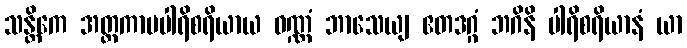
သန္တိကေ အတ္တကာမပါရိစရိယာယ ဝဏ္ဏံ ဘာသေယျ ဧတဒဂ္ဂံ ဘဂိနိ ပါရိစရိယာနံ ယာ